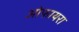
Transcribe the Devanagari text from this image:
ओफायरा